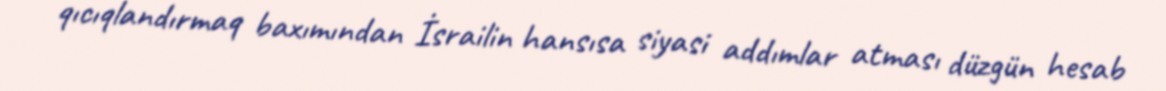
qıcıqlandırmaq baxımından İsrailin hansısa siyasi addımlar atması düzgün hesab